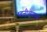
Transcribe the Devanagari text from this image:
ध्वनीव्यवस्था